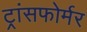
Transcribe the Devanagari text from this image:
ट्रांसफोर्मर